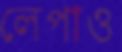
লেপাও